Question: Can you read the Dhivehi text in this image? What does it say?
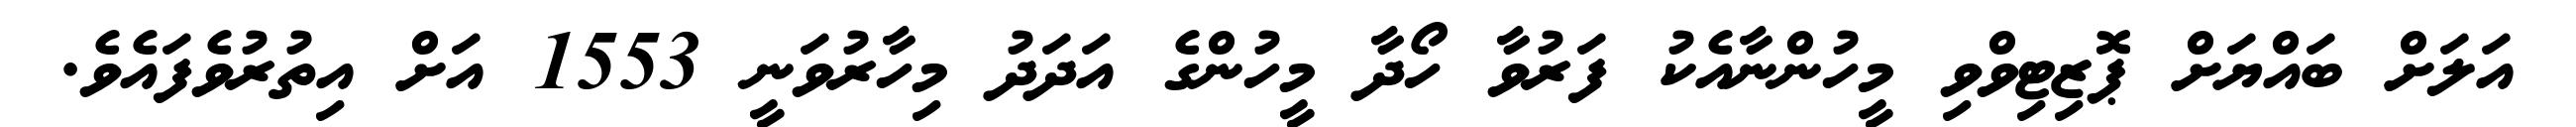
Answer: އަލަށް ބައްޔަށް ޕޮޒިޓިވްވި މީހުންނާއެކު ފަރުވާ ހޯދާ މީހުންގެ އަދަދު މިހާރުވަނީ 1553 އަށް އިތުރުވެފައެވެ.